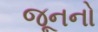
જૂનનો